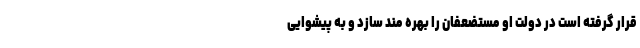
قرار گرفته است در دولت او مستضعفان را بهره مند سازد و به پیشوایی